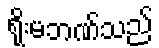
ရိုးမဘဏ်သည်